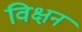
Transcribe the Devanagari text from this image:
विक्षन